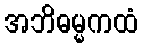
အဘိဓမ္မကထံ